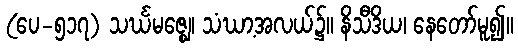
(ပေ-၅၁၇) သင်္ဃမဇ္ဈေ၊ သံဃာ့အလယ်၌။ နိသီဒိယ၊ နေတော်မူ၍။